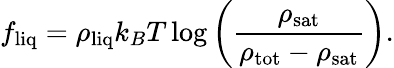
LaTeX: f_{\mathrm{liq}}=\rho_{\mathrm{liq}}k_{B}T\log\left(\frac{\rho_{\mathrm{sat}}}{\rho_{\mathrm{tot}}-\rho_{\mathrm{sat}}}\right).